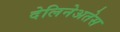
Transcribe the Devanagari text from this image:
देलिनेअतेस